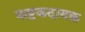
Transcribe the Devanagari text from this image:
कष्टकदायक